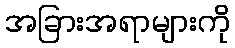
အခြားအရာများကို